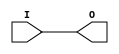
module IBUFG_GTL_DCI (O, I);

    output O;

    input  I;

	buf B1 (O, I);


endmodule